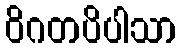
ဝိဂတပိပါသာ